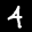
Label: 4